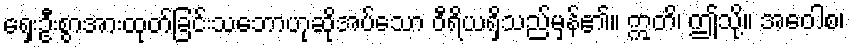
ရှေးဦးစွာအားထုတ်ခြင်းသဘောဟုဆိုအပ်သော ဝီရိယရှိသည်မှန်၏။ ဣတိ၊ ဤသို့။ အဝေါစ၊